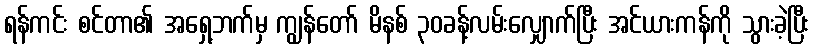
ရန်ကင်း စင်တာ၏ အရှေ့ဘက်မှ ကျွန်တော် မိနစ် ၃၀ခန့်လမ်းလျှောက်ပြီး အင်ယားကန်ကို သွားခဲ့ပြီး